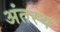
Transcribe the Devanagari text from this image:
अंतस्य